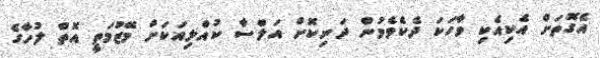
އެގޮތަށް އެކިއެކި ވާހަކަ ދެކެވެމުން ދަނިކޮށް އަލްސާ ކުއްލިއަކަށް މޭޒުމަތީ އޮތް ލުހާގެ